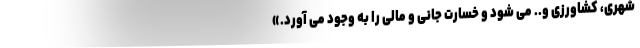
شهری، کشاورزی و.. می شود و خسارت جانی و مالی را به وجود می آورد.»